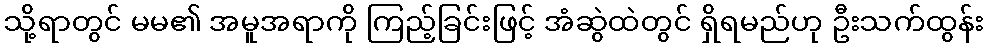
သို့ရာတွင် မမ၏ အမူအရာကို ကြည့်ခြင်းဖြင့် အံဆွဲထဲတွင် ရှိရမည်ဟု ဦးသက်ထွန်း